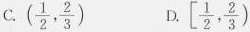
C. ( \frac{1}{2}, \frac{2}{3}) D. \left[ \frac{1}{2}, \frac{2}{3})